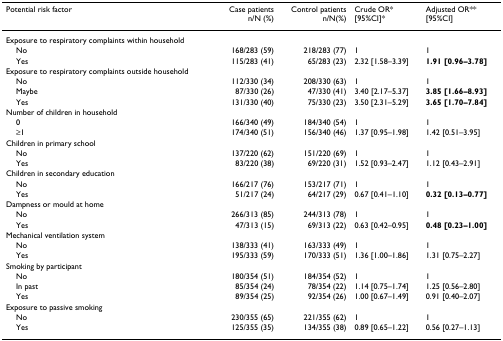
<table><thead><tr><td><b>Potential risk factor</b></td><td><b>Case patientsn/N (%)</b></td><td><b>Control patientsn/N(%)</b></td><td><b>Crude OR*[95%CI]*</b></td><td><b>Adjusted OR**[95%CI]</b></td></tr></thead><tbody><tr><td>Exposure to respiratory complaints within household</td><td></td><td></td><td></td><td></td></tr><tr><td> No</td><td>168/283 (59)</td><td>218/283 (77)</td><td>1</td><td>1</td></tr><tr><td> Yes</td><td>115/283 (41)</td><td>65/283 (23)</td><td>2.32 [1.58–3.39]</td><td><b>1.91 [0.96–3.78]</b></td></tr><tr><td>Exposure to respiratory complaints outside household</td><td></td><td></td><td></td><td></td></tr><tr><td> No</td><td>112/330 (34)</td><td>208/330 (63)</td><td>1</td><td>1</td></tr><tr><td> Maybe</td><td>87/330 (26)</td><td>47/330 (41)</td><td>3.40 [2.17–5.37]</td><td><b>3.85 [1.66–8.93]</b></td></tr><tr><td> Yes</td><td>131/330 (40)</td><td>75/330 (23)</td><td>3.50 [2.31–5.29]</td><td><b>3.65 [1.70–7.84]</b></td></tr><tr><td>Number of children in household</td><td></td><td></td><td></td><td></td></tr><tr><td> 0</td><td>166/340 (49)</td><td>184/340 (54)</td><td>1</td><td>1</td></tr><tr><td> ≥1</td><td>174/340 (51)</td><td>156/340 (46)</td><td>1.37 [0.95–1.98]</td><td>1.42 [0.51–3.95]</td></tr><tr><td>Children in primary school</td><td></td><td></td><td></td><td></td></tr><tr><td> No</td><td>137/220 (62)</td><td>151/220 (69)</td><td>1</td><td>1</td></tr><tr><td> Yes</td><td>83/220 (38)</td><td>69/220 (31)</td><td>1.52 [0.93–2.47]</td><td>1.12 [0.43–2.91]</td></tr><tr><td>Children in secondary education</td><td></td><td></td><td></td><td></td></tr><tr><td> No</td><td>166/217 (76)</td><td>153/217 (71)</td><td>1</td><td>1</td></tr><tr><td> Yes</td><td>51/217 (24)</td><td>64/217 (29)</td><td>0.67 [0.41–1.10]</td><td><b>0.32 [0.13–0.77]</b></td></tr><tr><td>Dampness or mould at home</td><td></td><td></td><td></td><td></td></tr><tr><td> No</td><td>266/313 (85)</td><td>244/313 (78)</td><td>1</td><td>1</td></tr><tr><td> Yes</td><td>47/313 (15)</td><td>69/313 (22)</td><td>0.63 [0.42–0.95]</td><td><b>0.48 [0.23–1.00]</b></td></tr><tr><td>Mechanical ventilation system</td><td></td><td></td><td></td><td></td></tr><tr><td> No</td><td>138/333 (41)</td><td>163/333 (49)</td><td>1</td><td>1</td></tr><tr><td> Yes</td><td>195/333 (59)</td><td>170/333 (51)</td><td>1.36 [1.00–1.86]</td><td>1.31 [0.75–2.27]</td></tr><tr><td>Smoking by participant</td><td></td><td></td><td></td><td></td></tr><tr><td> No</td><td>180/354 (51)</td><td>184/354 (52)</td><td>1</td><td>1</td></tr><tr><td> In past</td><td>85/354 (24)</td><td>78/354 (22)</td><td>1.14 [0.75–1.74]</td><td>1.25 [0.56–2.80]</td></tr><tr><td> Yes</td><td>89/354 (25)</td><td>92/354 (26)</td><td>1.00 [0.67–1.49]</td><td>0.91 [0.40–2.07]</td></tr><tr><td>Exposure to passive smoking</td><td></td><td></td><td></td><td></td></tr><tr><td> No</td><td>230/355 (65)</td><td>221/355 (62)</td><td>1</td><td>1</td></tr><tr><td> Yes</td><td>125/355 (35)</td><td>134/355 (38)</td><td>0.89 [0.65–1.22]</td><td>0.56 [0.27–1.13]</td></tr></tbody></table>